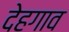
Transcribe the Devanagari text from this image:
देहगाव